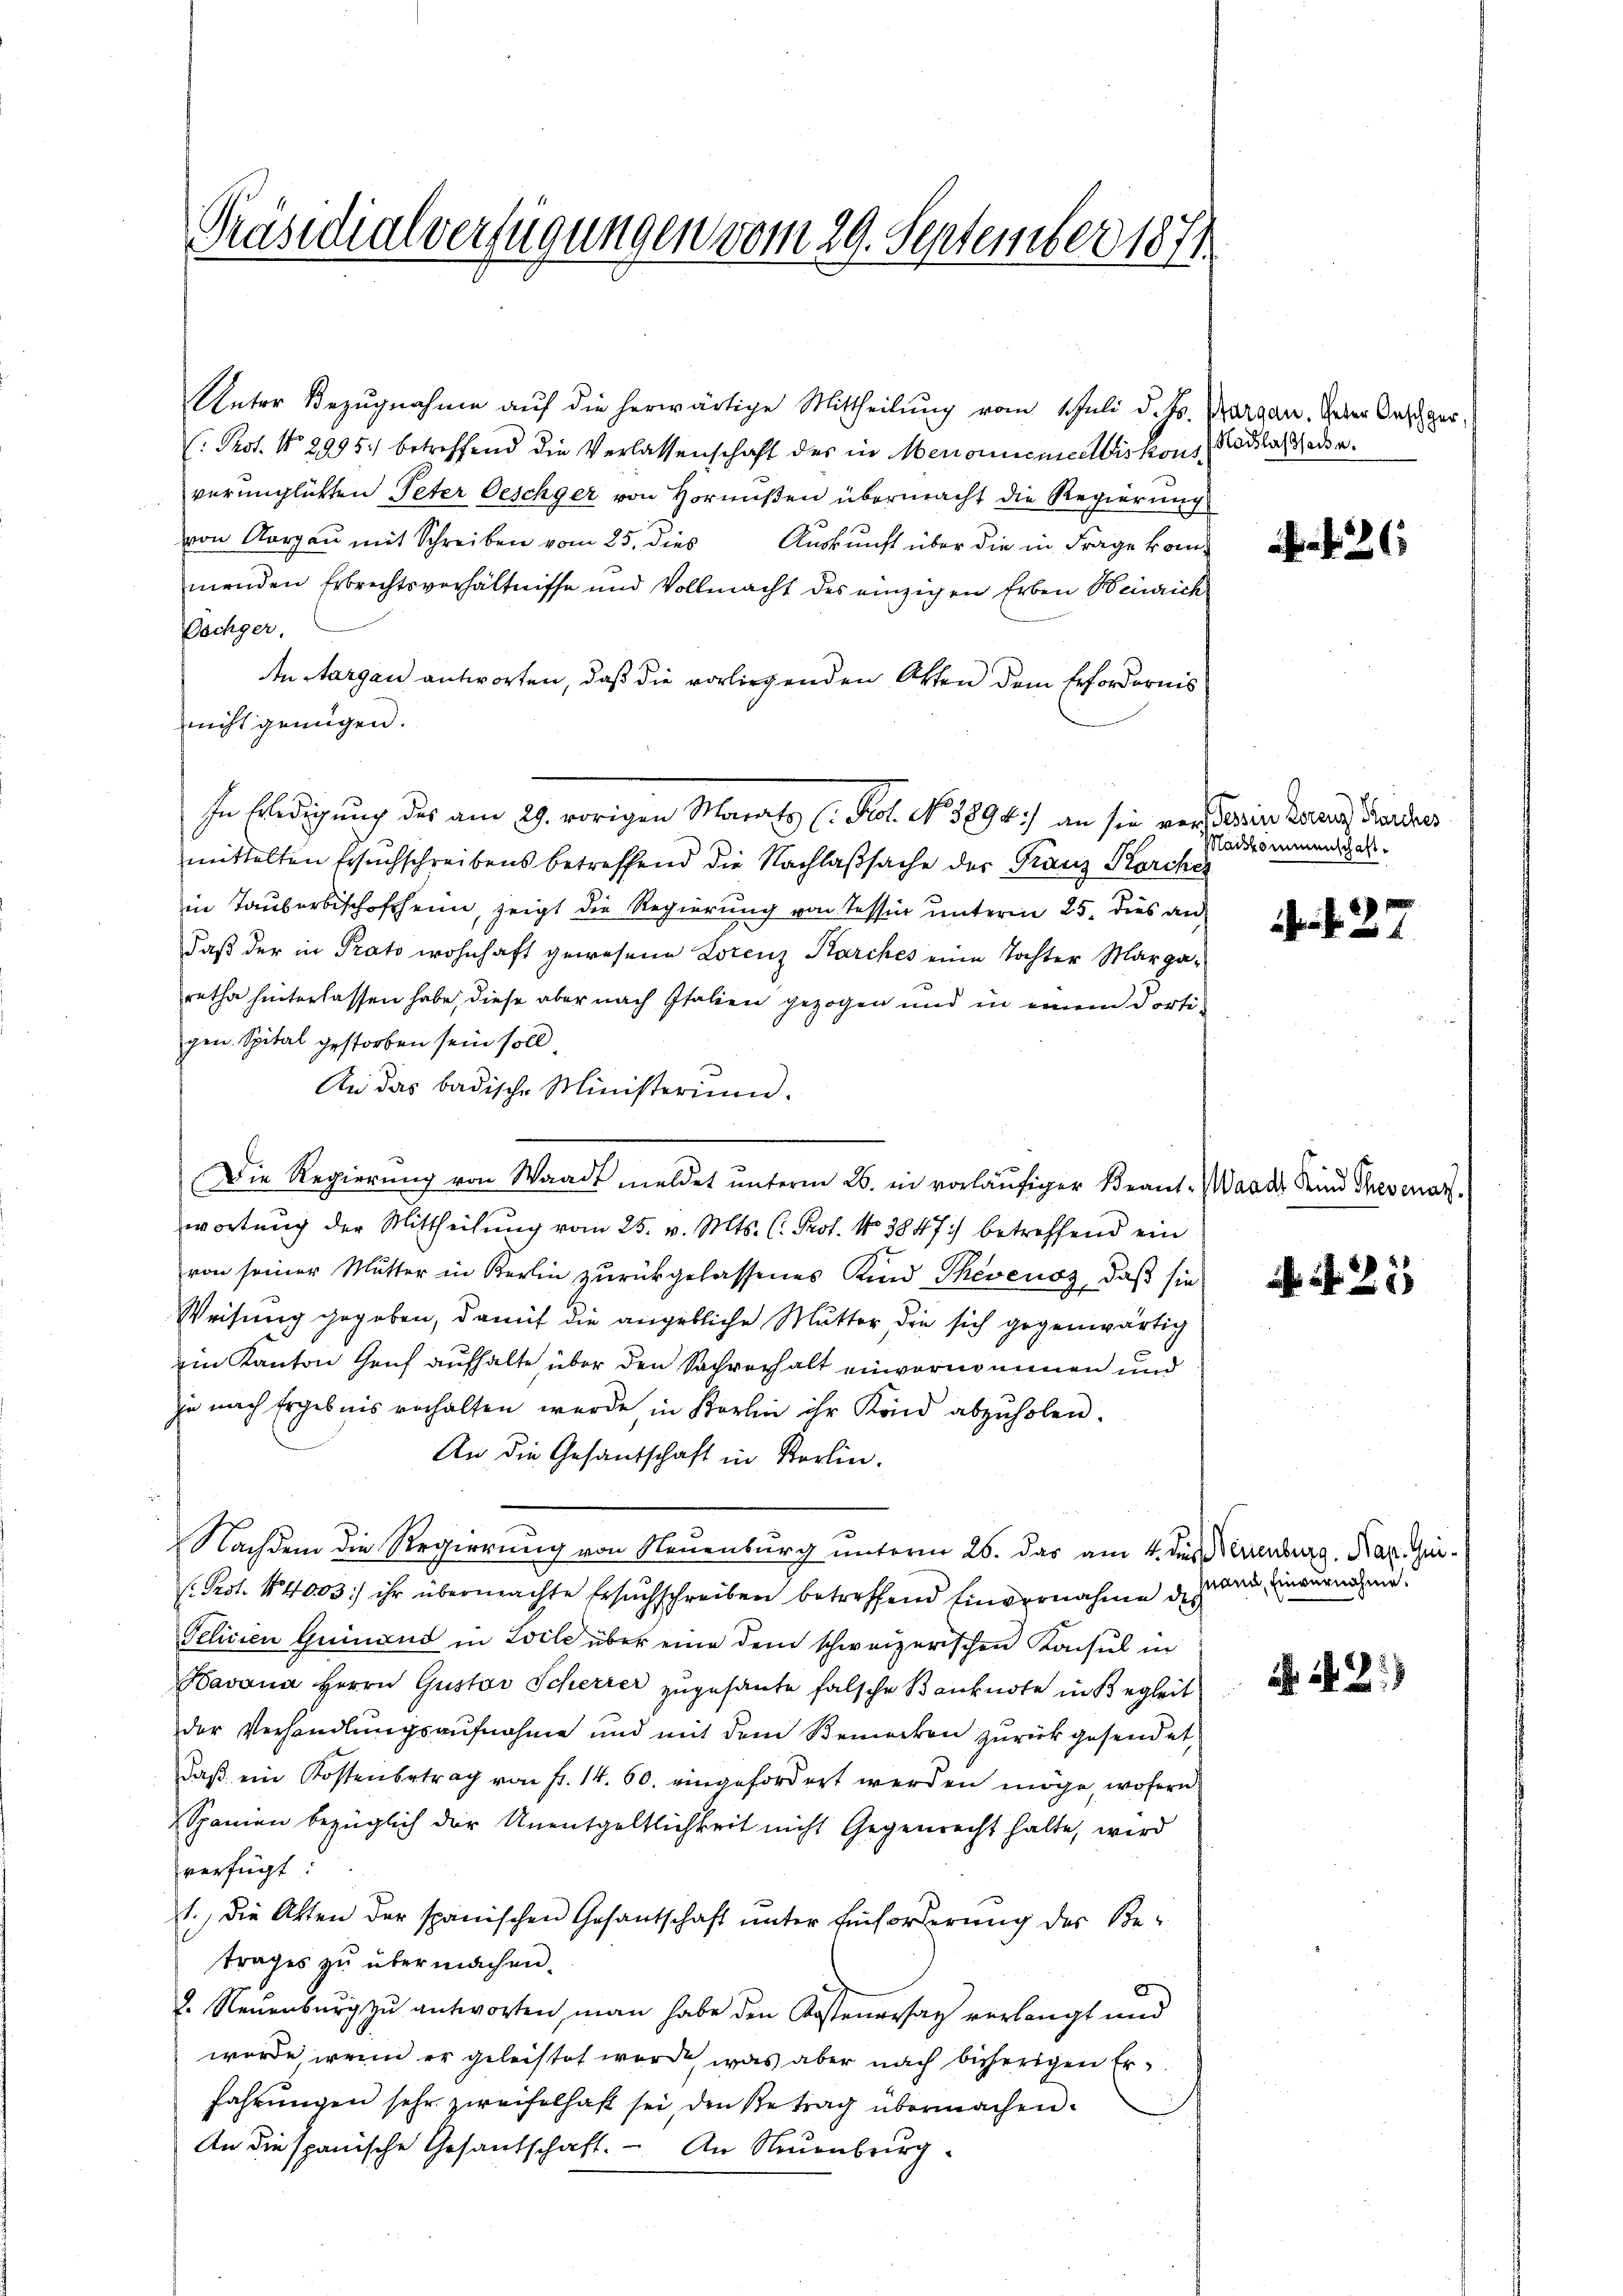
Präsidialverfügungen vom 29. September 1871

Unter Bezugnahme auf die herwärtige Mittheilung vom 1 Juli d. Js. Aargau. Jeder Anschger¬
(Pot. No 2995. betreffend die Verlassenschaft des in Menonicmeelbiskons (Kodslas Bad a.
verünglichten Peter Oeschger von Hornußen übermacht die Regierung
von Aargau mit Schreiben vom 25. dies Auskunft über die in Frage kommenden Erbrechtsverhältnisse und Vollmacht des einzigen Erben Beinrich
Vöchger.
n Aargau antworten, daß die vorliegenden Otten dem Erfordernis
nicht genügen.
In Erledigung des am 29. vorigen Morats (. Fol. No. 1896) an sie versterin kann Garders
mittelten Ersuchschreibens betreffend die Nachlaßsache der Franz Korcher
in Tauberbischofheim, zeigt die Regierung von Tessin unterm 25. dies an
Daß der in Prato wohnhaft gewesene Lorenz Karches eine Tochter Margaretha hinterlassen habe, diese aber nach Italien gezogen und in einem dortigen. Spital gestorben sein soll,
An das badische Ministerium.
Die Regierung von Waadt meldet unterm 26. in vorläufiger Beant. Waadt Kind Thesenar
wortung der Mittheilung vom 25. v. Mts. (: Prof. No 3847) betreffend ein
von seiner Mutter in Berlin zurückgelassenes Kind Thevenoz, daß sie
Weisung gegeben, damit die angebliche Mutter die sich gegenwärtig
Ein Kanton Genf aufhalte über den Sachverhalt einvernommen und
je nach Ergebnis verhalten werde in Karlin ihr Kind abzŭholen.
An die Gesandschaft in Berlin.
Nachdem die Regierung von Neuenburg unterm 26. das am 4. des Neuenburg, Kap. Qui¬
(. Prot. 44003) ihr übermachte Ersuchschreiben betreffend Einvernahme der
Telicien Geinand in Zeile über eine dem schweizerischen Konsul in
Havana Herrn Gustav Scherrer zugesante falsche Banknote in Begleit
der Verhandlungsaufnahme und mit dem Bemerken zurückgesendet,
daβ ein Kostenbetrag von Fr. 14. 60. eingefordert werden möge, wofern
Spanien bezüglich der Unentgeltlichkeit nicht Gegenrecht halte, wird
verfügt
1.) Die Akten der spanischen Gesantschaft unter Einforderung des Betrages zu übermachen.
2. Neuenburg zu antworten man habe den Kostenersaz verlangt und
wurde wenn er geleistet werde, was aber nach bisherigen Erfahrungen sehr zweifelhaft sei den Betrag übermachen.
An die spanische Gesantschaft. – An Neuenburg

261

Maiskommenschaft.

2

21

Mann, Einvernahme.

N. 21